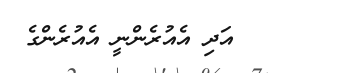
٣٢      އަދި އެއުރެންނީ އެއުރެންގެ